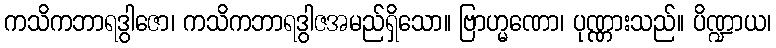
ကသိကဘာရဒွါဇော၊ ကသိကဘာရဒွါဇအမည်ရှိသော။ ဗြာဟ္မဏော၊ ပုဏ္ဏားသည်။ ပိဏ္ဍာယ၊